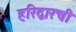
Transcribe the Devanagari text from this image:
हरिद्वारची